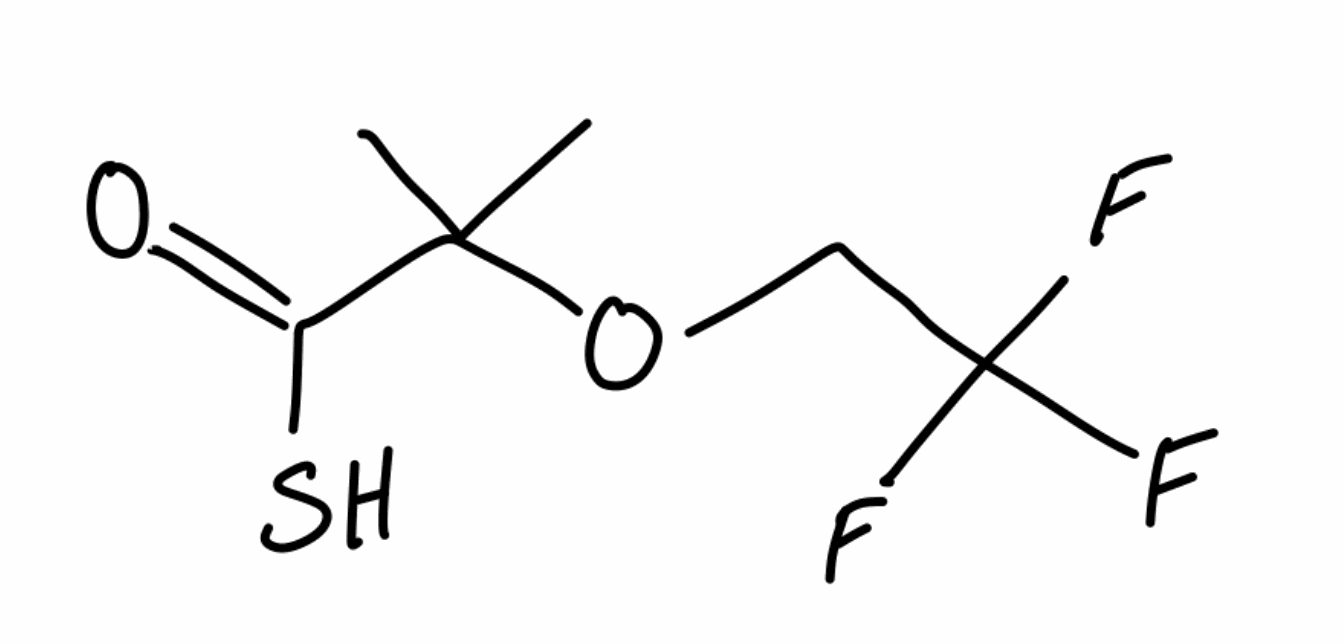
Simplified molecular-input line-entry system (SMILES) notation of the given molecule:
CC(C)(C(=O)S)OCC(F)(F)F